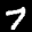
Label: 7